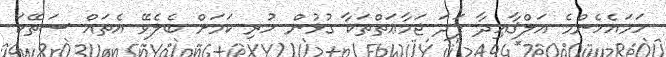
ހަމައެހެންމެ އަލްޤާޢިދާ ފަދަ ޖަމާޢަތްތަކާ ގުޅުން ހުރި ކަމަށް ބެލެވޭ އެތައް ސަތޭކަ